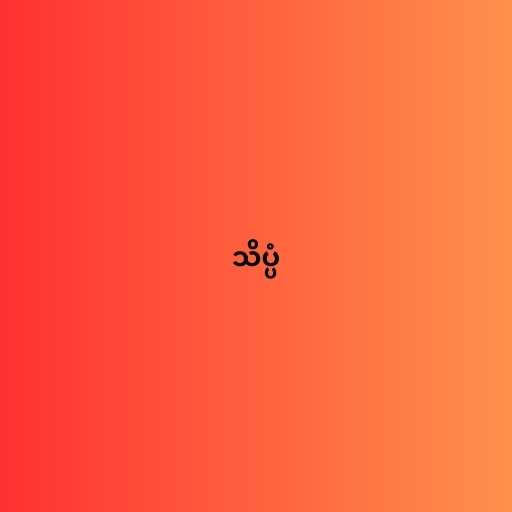
သိပ္ပံ